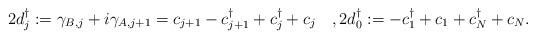
LaTeX: \begin{align*}2d^{\dagger}_j:=\gamma_{B,j}+i\gamma_{A,j+1} =c_{j+1}-c^{\dagger}_{j+1}+c^{\dagger}_j+c_j\quad, 2d^{\dagger}_0:=-c^{\dagger}_{1}+c_{1}+c^{\dagger}_N+c_N.\end{align*}